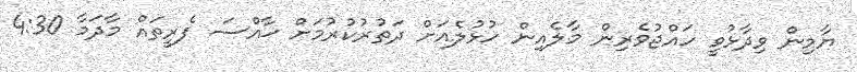
ޔާމިން ވިދާޅުވީ ހައްޖުވެރިން މާލެއިން ހުޅުލެއަށް ދަތުރުކުރުމަށް ޚާއްސަ ފެރީތައް މާދަމާ 4:30